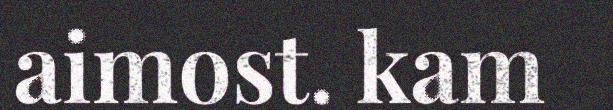
aimost. kam